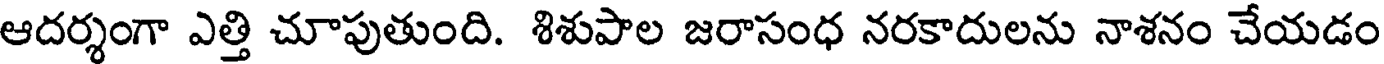
ఆదర్శంగా ఎత్తి చూపుతుంది. శిశుపాల జరాసంధ నరకాదులను నాశనం చేయడం